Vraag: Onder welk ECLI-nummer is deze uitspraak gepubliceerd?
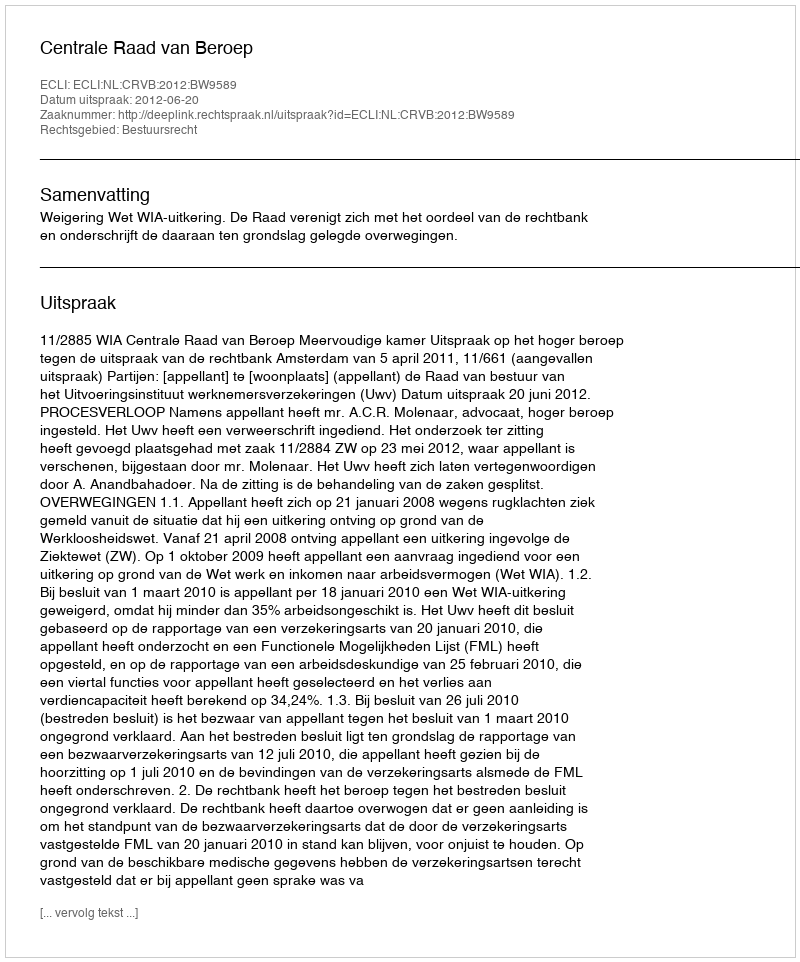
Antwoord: ECLI:NL:CRVB:2012:BW9589